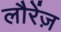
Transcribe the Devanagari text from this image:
लौरेंज़